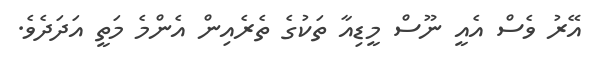
އޭރު ވެސް އެއީ ނޫސް މީޑިއާ ތަކުގެ ތެރެއިން އެންމެ މަތީ އަދަދެވެ.